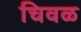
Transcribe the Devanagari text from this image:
चिवळ